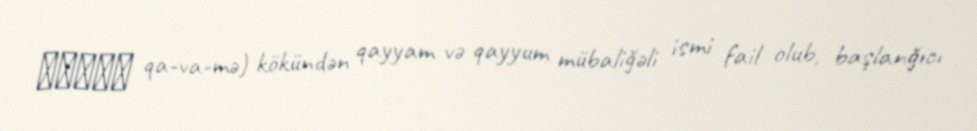
قـيّم qa-va-mə) kökündən qayyam və qayyum mübaliğəli ismi fail olub, başlanğıcı